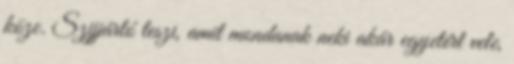
köze. Szijjártó teszi, amit mondanak neki akár egyetért vele,